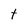
Character: t